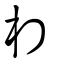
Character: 相